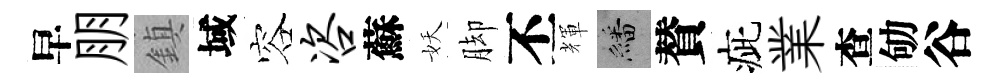
早朋鎮域容咨蘇妖脚丕輝繙賛疵業查劬谷